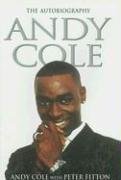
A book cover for Andy Cole: The Autobiography; Andy Cole; Children's Books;